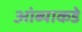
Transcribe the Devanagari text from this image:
आंब्याकडे